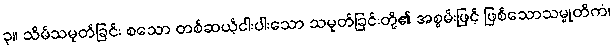
၃။ သိမ်သမုတ်ခြင်း စသော တစ်ဆယ့်ငါးပါးသော သမုတ်ခြင်းတို့၏ အစွမ်းဖြင့် ဖြစ်သောသမ္မုတိကံ၊